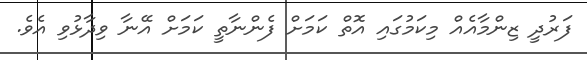
ފަރުދީ ޒިންމާއެއް މިކަމުގައި އޮތް ކަމަށް ފެންނާތީ ކަމަށް އޭނާ ވިދާޅުވި އެވެ.